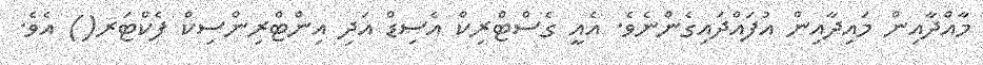
މާއްދާއިން މައިދާއިން އުފައްދައިގެންނެވެ. އެއީ ގެސްޓްރިކް އެސިޑް އަދި އިންޓްރިންސިކް ފެކްޓަރ() އެވެ.